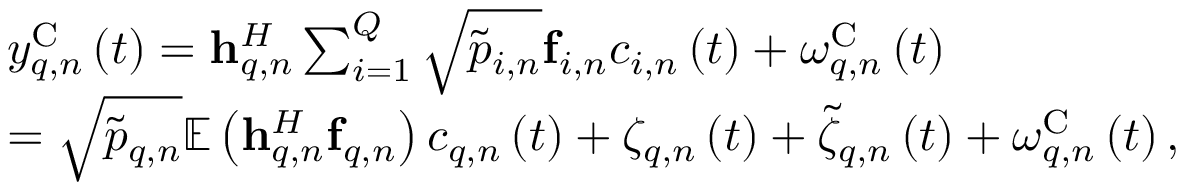
\begin{array} { r l } & { { y _ { q , n } ^ { \mathrm { C } } } \left( t \right) = { \bf { h } } _ { q , n } ^ { H } \sum _ { i = 1 } ^ { Q } { \sqrt { { { \tilde { p } } _ { i , n } } } { { \bf { f } } _ { i , n } } { c _ { i , n } } \left( t \right) } + { \omega _ { q , n } ^ { \mathrm { C } } } \left( t \right) } \\ & { = \sqrt { { { \tilde { p } } _ { q , n } } } { { \mathbb E } } \left( { { \bf { h } } _ { q , n } ^ { H } { { \bf { f } } _ { q , n } } } \right) { c _ { q , n } } \left( t \right) + { \zeta _ { q , n } } \left( t \right) + { { \tilde { \zeta } } _ { q , n } } \left( t \right) + { \omega _ { q , n } ^ { \mathrm { C } } } \left( t \right) , } \end{array}